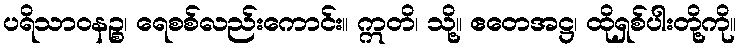
ပရိသာဝနဉ္စ၊ ရေစစ်လည်းကောင်း။ ဣတိ၊ သို့။ ဧတေအဋ္ဌ၊ ထိုရှစ်ပါးတို့ကို။